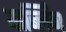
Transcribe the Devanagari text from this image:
वार्ब्लिंग